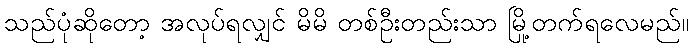
သည်ပုံဆိုတော့ အလုပ်ရလျှင် မိမိ တစ်ဦးတည်းသာ မြို့တက်ရလေမည်။